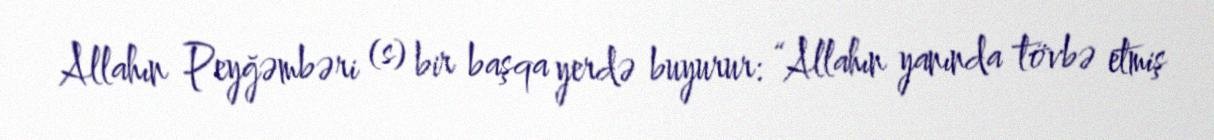
Allahın Peyğəmbəri (s) bir başqa yerdə buyurur: “Allahın yanında tövbə etmiş